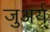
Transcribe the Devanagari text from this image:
जुअर्य्